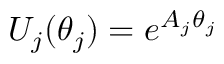
U _ { j } ( \theta _ { j } ) = e ^ { A _ { j } \theta _ { j } }